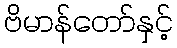
ဗိမာန်တော်နှင့်